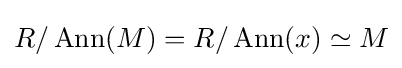
R/\operatorname {Ann} (M)=R/\operatorname {Ann} (x)\simeq M